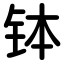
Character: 钵